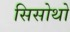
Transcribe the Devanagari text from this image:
सिसोथो